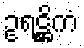
ဥရဋ္ဌိကံ